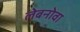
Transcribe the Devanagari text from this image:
लेबनोवा